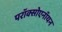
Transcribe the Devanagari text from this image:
परॉक्सोएनॉयन